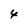
Character: 4